Summary of further report on surra
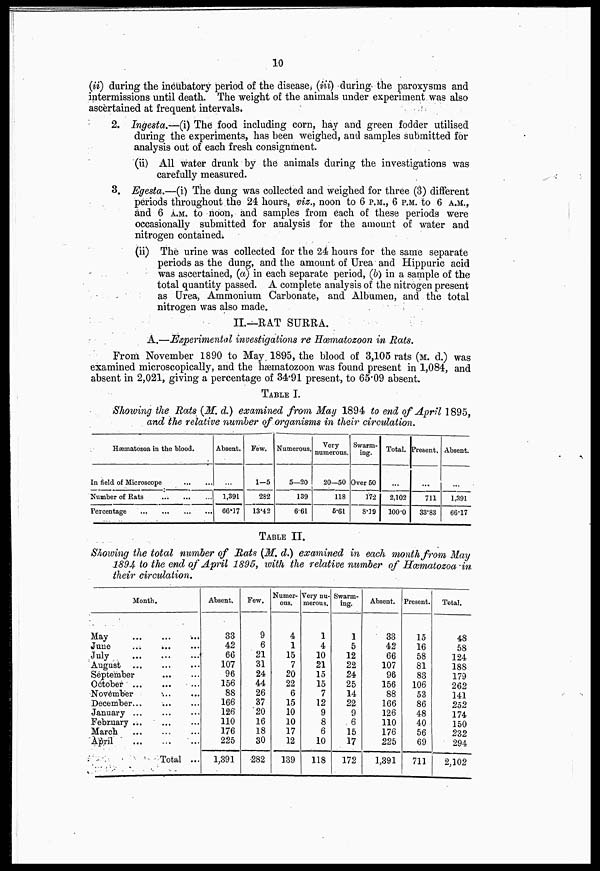
10
(ii) during the incubatory period of the disease, (iii) during the paroxysms and
intermissions until death. The weight of the animals under experiment was also
ascertained at frequent intervals.
2. Ingesta.—(i) The food including corn, hay and green fodder utilised
during the experiments, has been weighed, and samples submitted for
analysis out of each fresh consignment.
(ii) All water drunk by the animals during the investigations was
carefully measured.
3. Egesta.—(i) The dung was collected and weighed for three (3) different
periods throughout the 24 hours, viz., noon to 6 P.M., 6 P.M. to 6 A.M.,
and 6 A.M. to noon, and samples from each of these periods were
occasionally submitted for analysis for the amount of water and
nitrogen contained.
(ii) The urine was collected for the 24 hours for the same separate
periods as the dung, and the amount of Urea and Hipp uric acid
was ascertained, (a) in each separate period, (b) in a sample of the
total quantity passed. A complete analysis of the nitrogen present
as Urea, Ammonium Carbonate, and Albumen, and the total
nitroeren was also made.
II.—RAT SURRA.
A.—Experimental investigations re Hœmatozoon in Rats.
From November 1890 to May 1895, the blood of 3,105 rats (M. d.) was
examined microscopically, and the hæmatozoon was found present in 1,084, and
absent in 2,021, giving a percentage of 34.91 present, to 65.09 absent.
TABLE I.
Showing the Rats (M. d.) examined from May 1894 to end of April 1895,
and the relative number of organisms in their circulation.
Hæmatozoa in the Wood.
In field of Microscope
Number of Bats
Percentage
...
Absent.
...
1,391
66.17
Few.
1-5
282
13.42
Numerous.
5—20
139
6.61
Very
numerous.
20—50
118
6.61
Swarm-
ing.
Over 50
172
8.19
Total.
...
2,102
100-0
Present,
...
711
33-83
Absent.
...
1,891
66.17
TABLE II.
Showing the total number of Rats (M. d.) examined in each month from May
1894 to the end of April 1895, with the relative number of Hæmatozoa -in.
their circulation.
Month.
May
June
...
...
July
August
September
October
November
...
December...
January ...
February
March
...
...
...
April
...
Total ...
Absent.
33
42
66
107
96
156
88
166
126
110
176
225
1,391
Few.
9
6
21
31
24
44
26
37
20
16
18
30
282
Numer-
ous.
4
1
15
7
20
22
6
15
10
10
17
12
139
Very nu-
merous.
1
4
10
21
15
15
7
12
9
8
6
10
118
Swarm-
ing.
1
5
12
22
24
25
14
22
9
6
15
17
172
Absent.
33
42
66
107
96
156
88
166
126
110
176
225
1,391
Present.
15
16
58
81
83
106
53
86
48
40
56
69
711
Total.
48
58
124
188
179
262
141
252
174
150
232
294
2,102